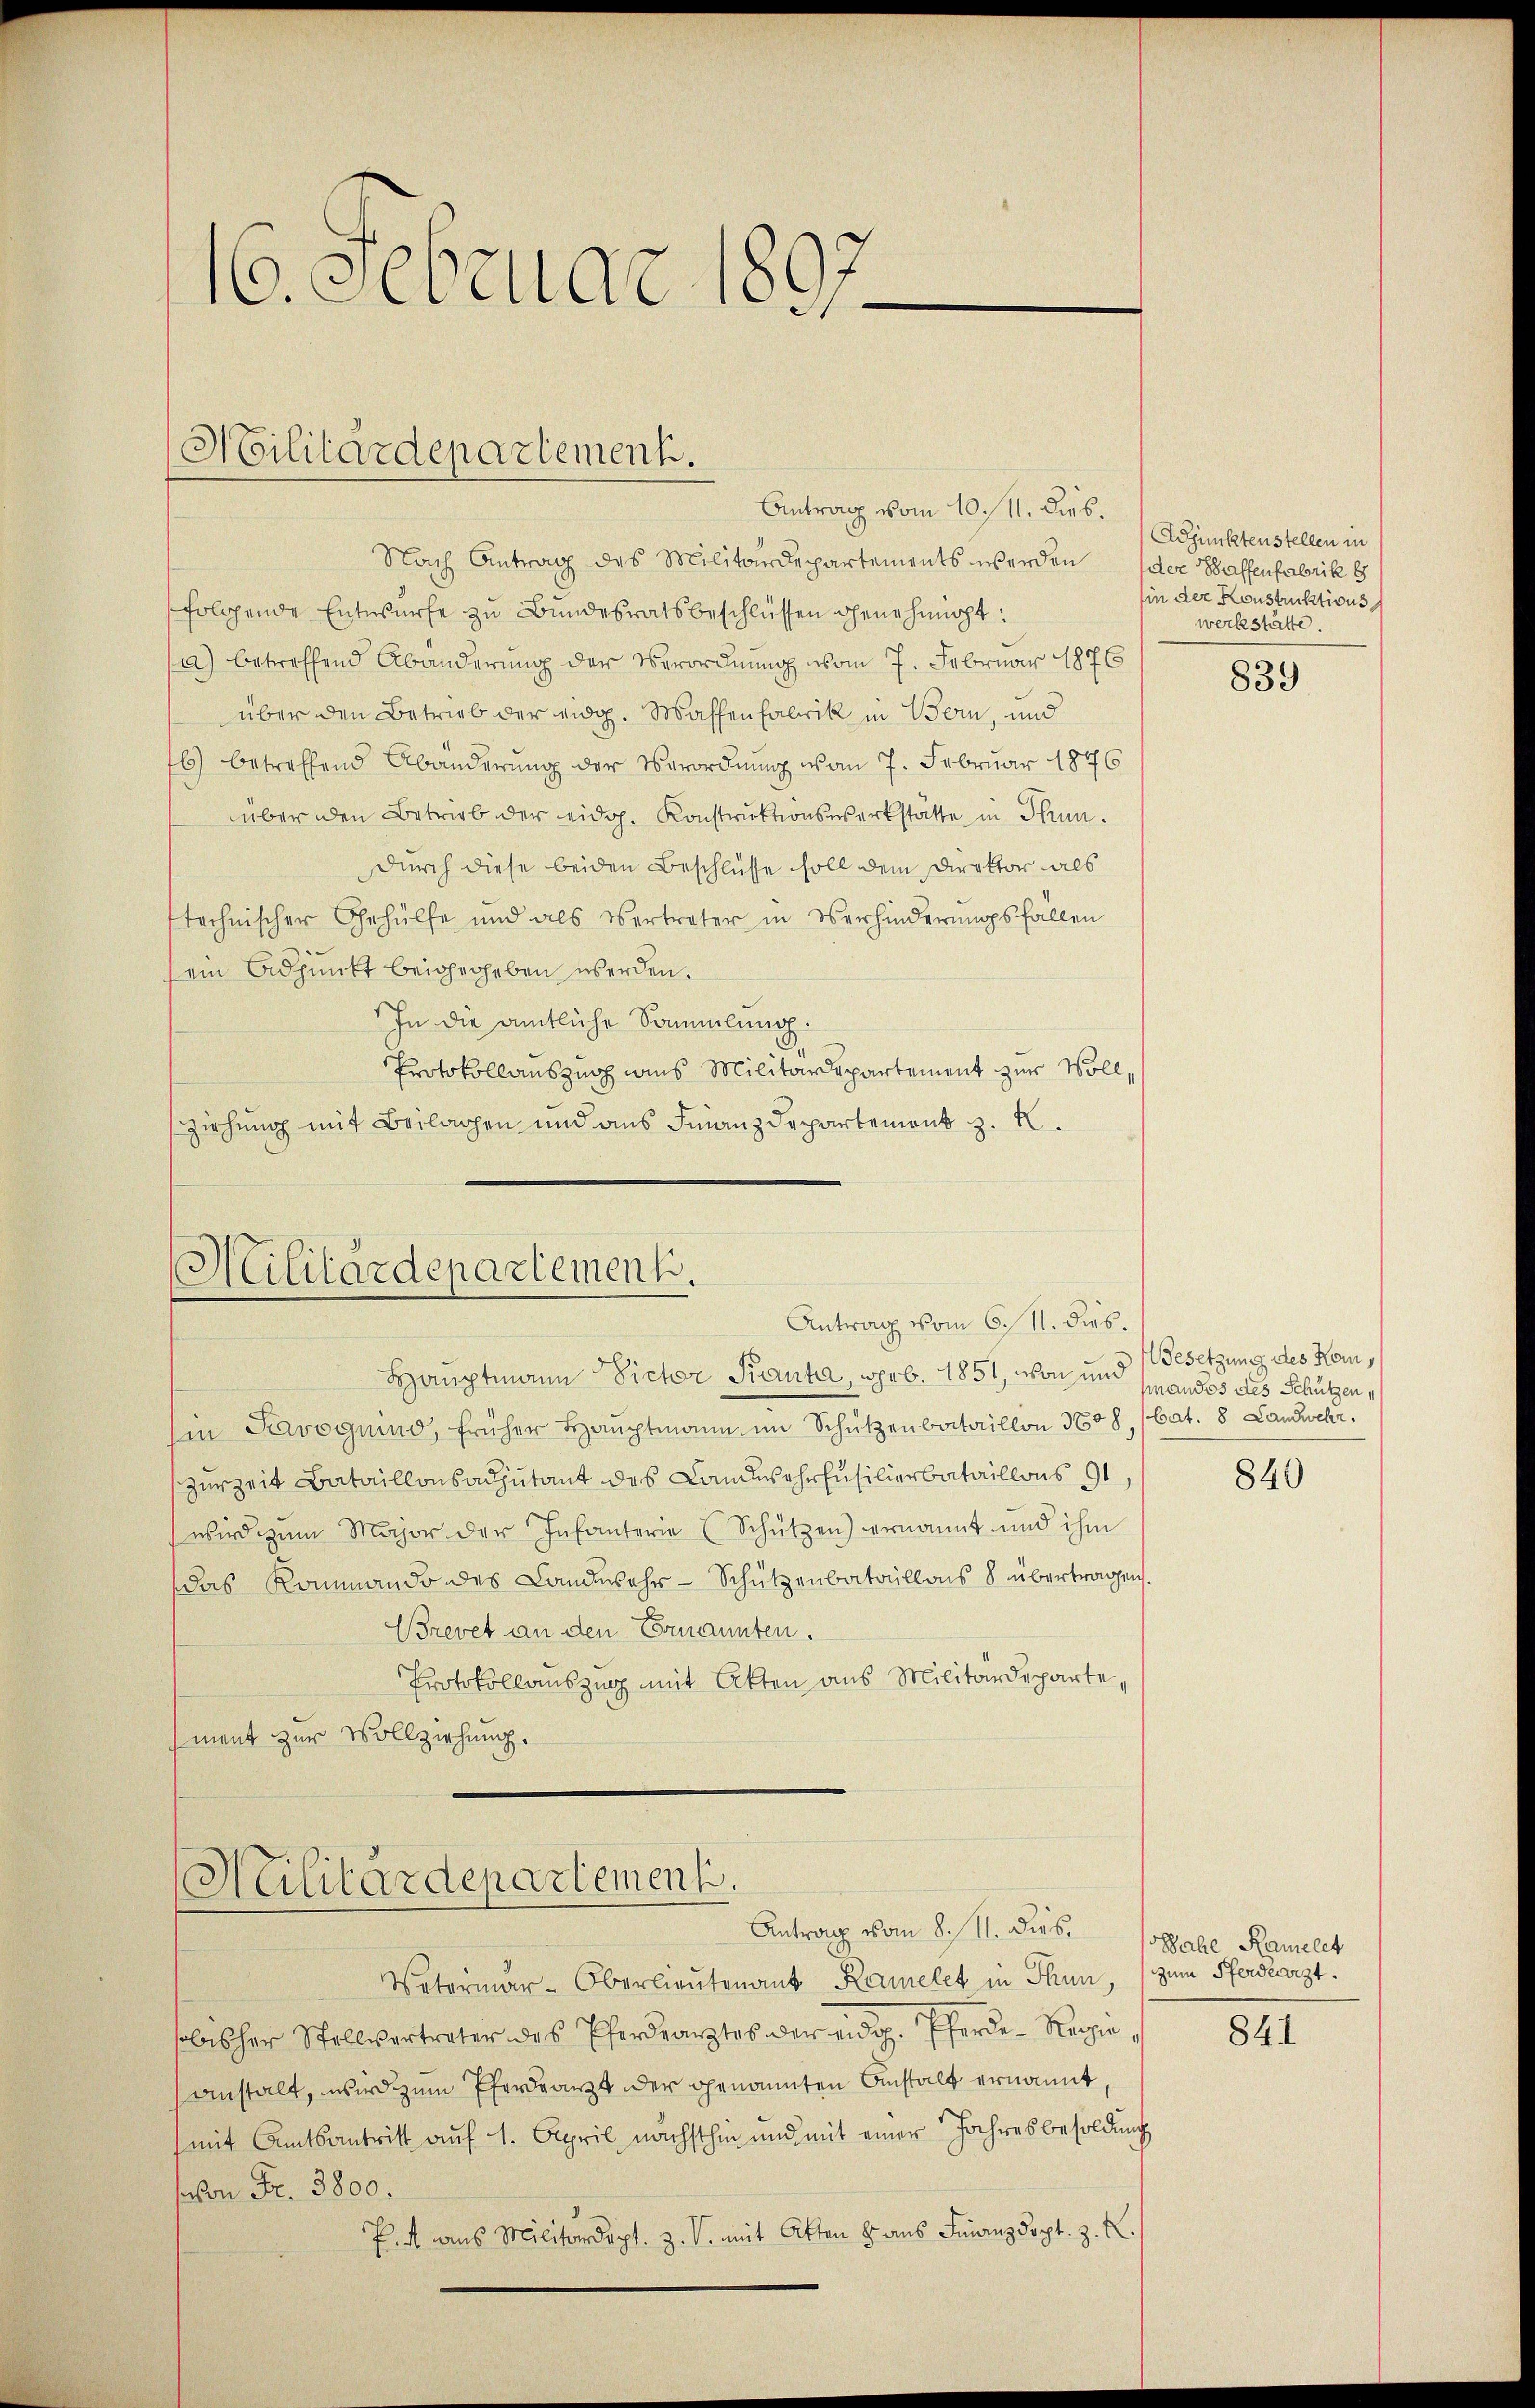
16. Februar 1897

Militärdepartement.

Nach Antrag des Militärdepartements werden der Waffenfabrik 8
folgende Entwürfe zu Bundesratsbeschlüssen genehmigt:
a) betreffend Abänderung der Verordnung vom 7. Februar 1876
über den Betrieb der eidg. Waffenfabrik in Bern, und
6) betreffend Abänderŭng der Verordnung vom 7. Februar 1876
über den Betrieb der eidg. Konstruktionswerkstätte in Thun.
durch diese beiden Beschlüsse soll dem Direktor als
stechnischer Gehülfe und als Vertreter in Verhinderŭngsfällen
sein Adjunkt beigegeben werden.
In die amtliche Sammlung.
Protokollauszug wies Militärdepartement zur Voll¬
Ziehung mit Beilagen und aus Finanzdepartement z. B.

Antrag vom 10. 11. dies.

Militärdepartement.
Antrag vom 6. 11. dies.

Hauptmann Sicher Kanta, geb. 1851, von um handes des Schützen,
Ein Savoquind, früher Haŭptmann im Schützenbataillon 308, (Cat. 8 Landwehr,
zurzeit Bataillonsadjutant des Landwehrfusilierbataillons 91
wird zum Major der Infanterie (Schützen) ernannt und ihm
das Kommando des Landwehr - Schützenbataillons 8 übertragen.
Brevet an den Ernannten.
Protokollauszug mit Akten aus Militärdepartement zur Vollziehung.

Militärdepartement.
Antrag vom 8./11. dies.

Adjunktenstellen in
in der Konstruktionsg
werkstätte.

Vatermar-Oberlieutenant Ramelet in Thun,
sobisher Stellvertreter des Pferdränztes der eidg. Pferde-Regie
anstalt, wird zum Pferdearzt der genannten Anstalt ernannt,
(mit Amtsantritt auf 1. April nächsthin und mit einer Jahresbesoldung
schon Fr. 3800.
P. 4 aus Militärdept. Z. V. mit Akten & aus Finanzdopt. z. R.

839

Besetzung des Kom¬

840

Sache Kamelet
zum Pferdearzt.

841